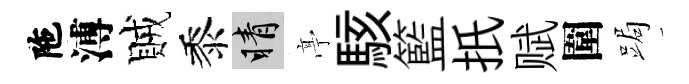
陁溥賊黍睛𠅘駭籃扺赋圍跼